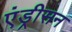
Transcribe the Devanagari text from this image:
एंड्रीसन